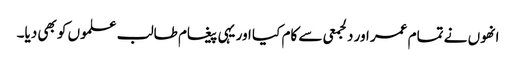
انھوں نے تمام عمر اور دلجمعی سے کام کیا اور یہی پیغام طالب علموں کو بھی دیا۔